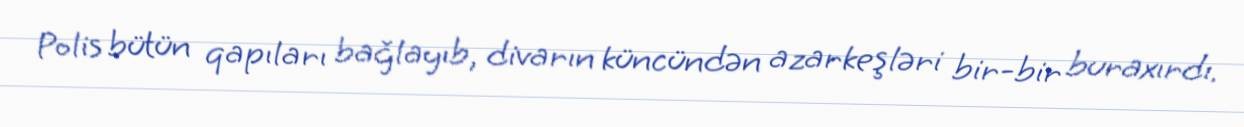
Polis bütün qapıları bağlayıb, divarın küncündən azarkeşləri bir-bir buraxırdı.